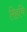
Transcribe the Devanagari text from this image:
रिहयि